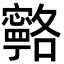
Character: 𭔦